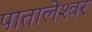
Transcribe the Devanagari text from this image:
पातालेश्‍वर